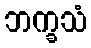
ဘက္ခသံ